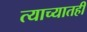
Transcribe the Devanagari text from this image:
त्याच्यातही